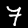
Label: 7